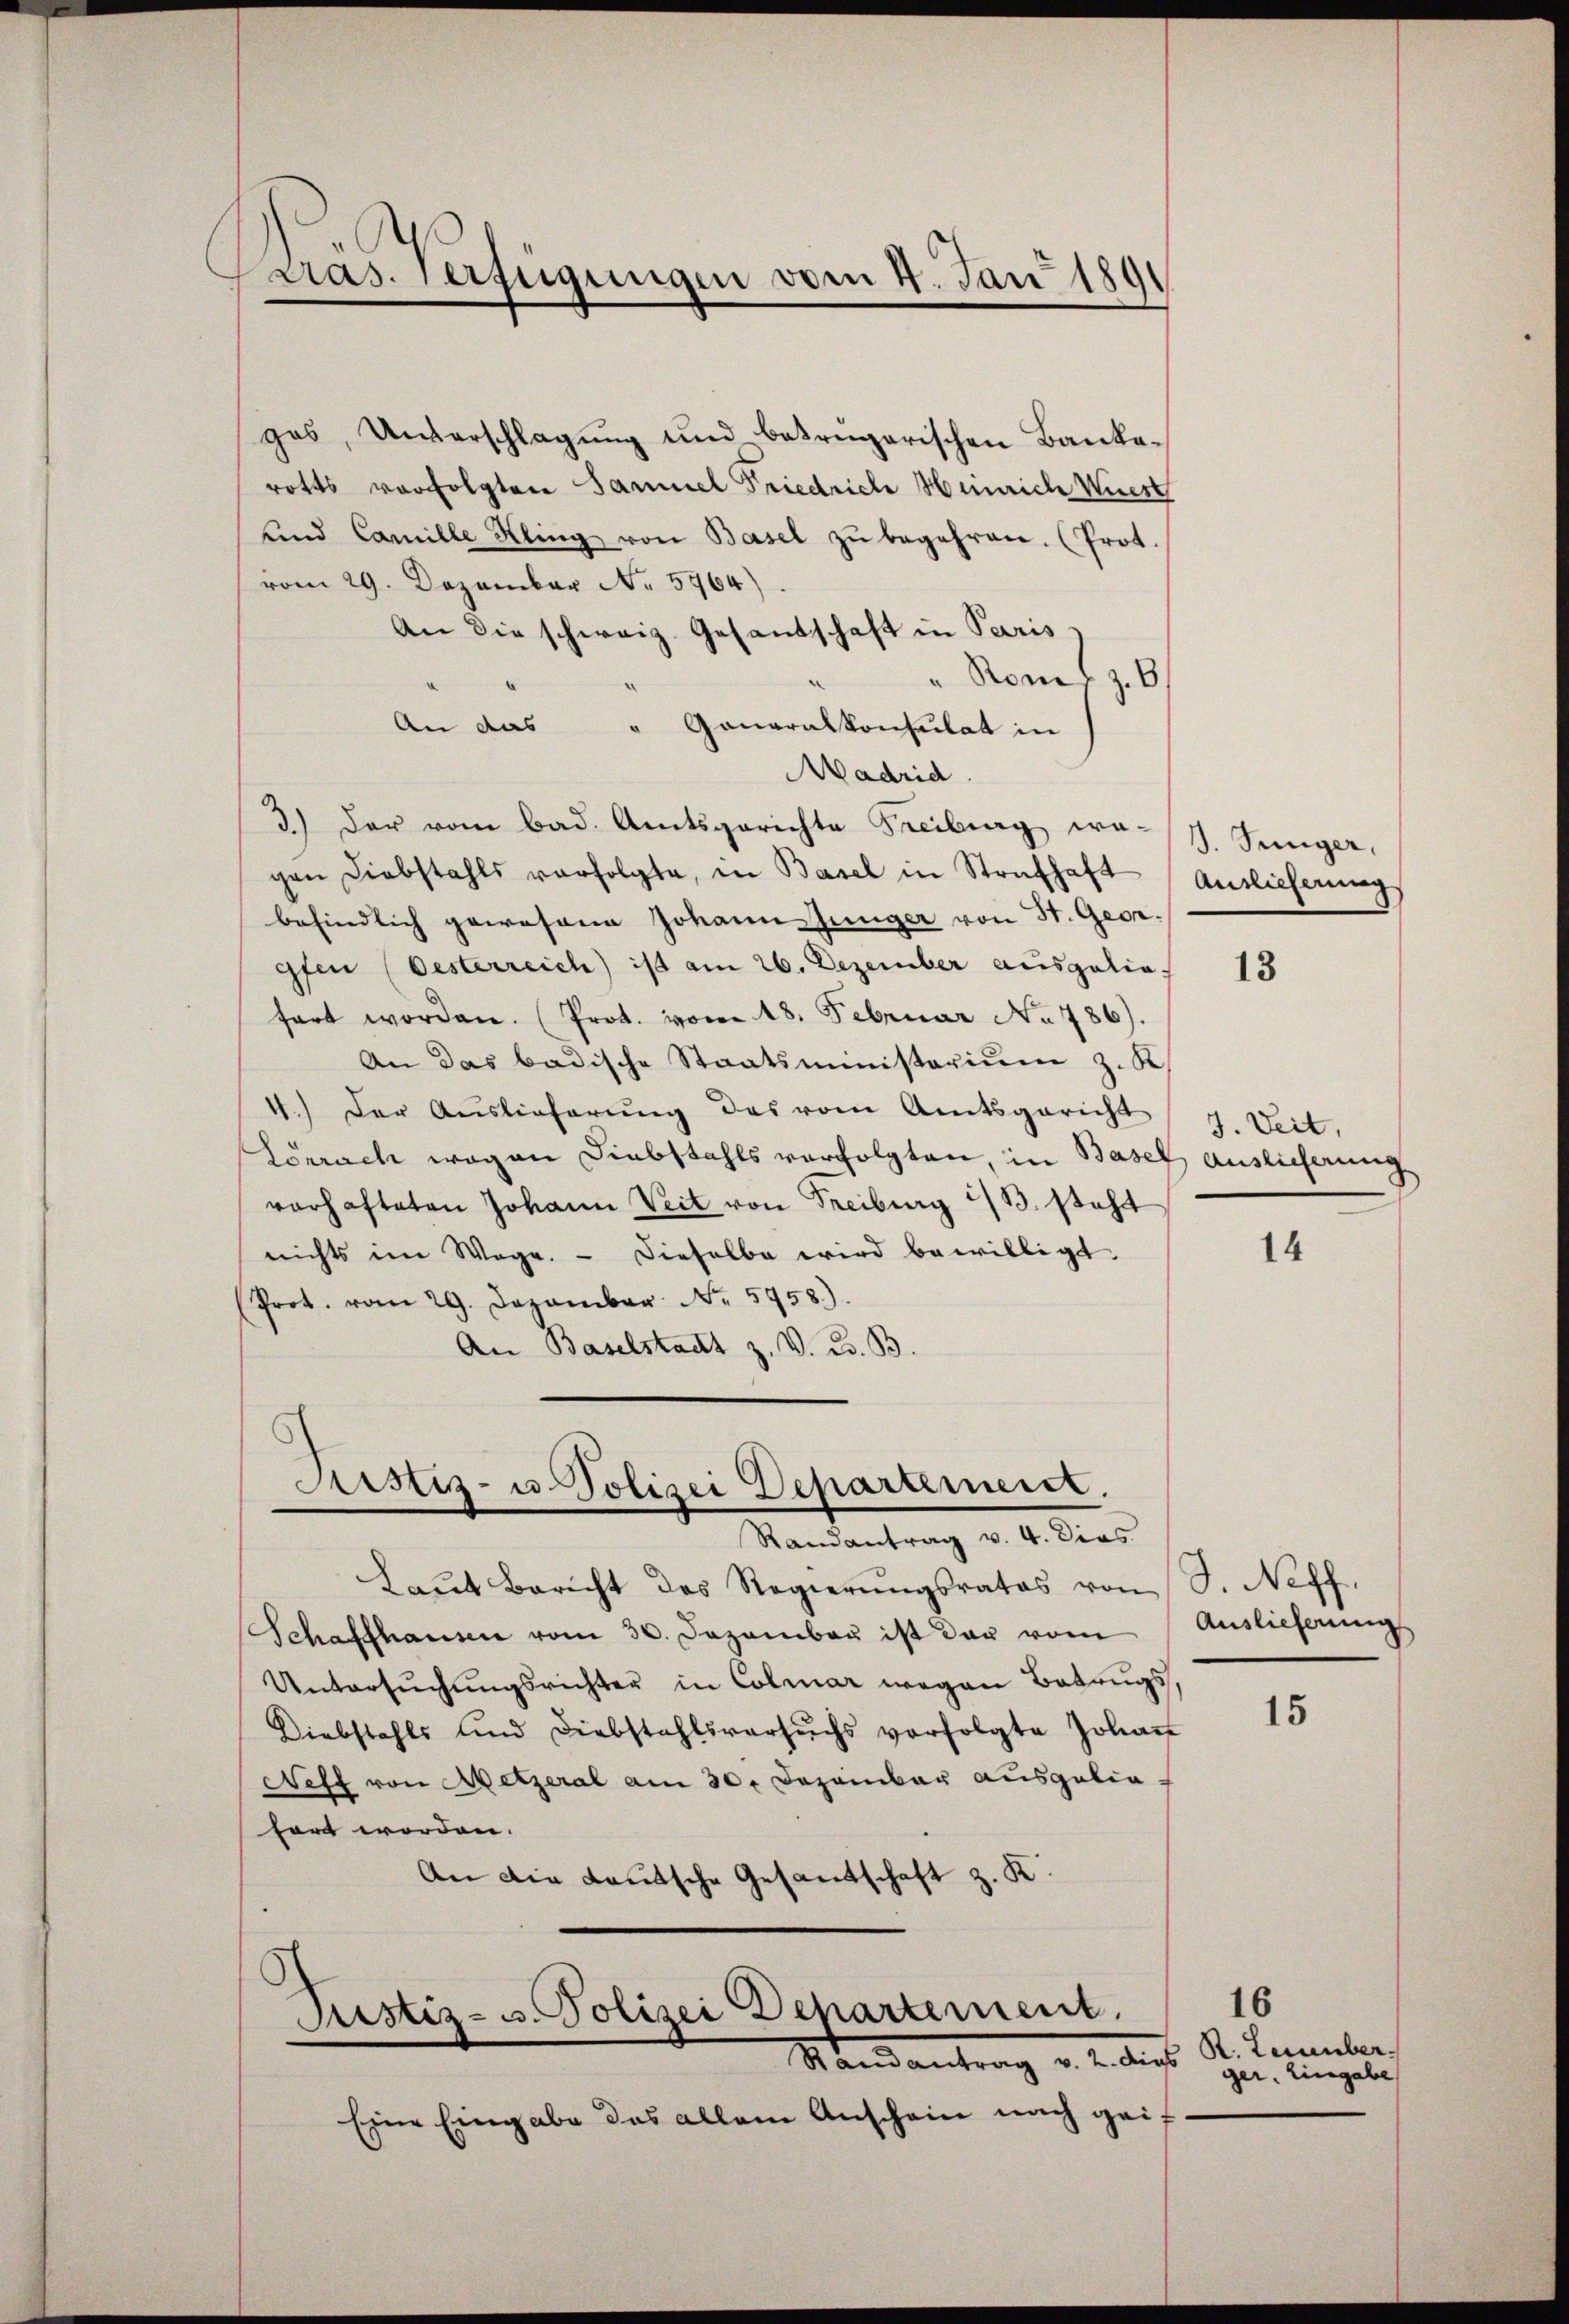
Pras. Verfügungen vom 4. Jan 1891

ges, Unterschlagung und betrügerischen Banka-
rotts vorfolgten Sammel Friedriche Heinrich Viert
und Camille Kling von Basel zŭ begehren. (Prot.
vom 29. Dezember Nr. 5764).
An die schweiz. Gesandschaft in Paris
" Rom (z. 6
An das " Generalkonsulat in
Madrid.
3.) Der vom bad. Amtsgerichte Freiburg wa-
gen Diebstahls verfolgte, in Basel in Strafhaft
befindlich gewesene Johann Jünger von St. Georgfen (Oesterreich ist am 26. Dezember ausgelia
fort worden. (Prot. vom 18. Februar No 786).
An das badische Staatsministerium z. K.
4.) Der Auslieferŭng des vom Amtsgericht J. Veit,
Lörrach wegen Diebstahls verfolgten, in Basel Auslieferung
varhafteten Johann Veit von Freiburg i/B. stahl
nichts im Wege. - Dieselbe wird bewilligt.
(Prot. vom 29. Dezember No. 5758).
An Baselstadt z. V. C. B.
Astiz- u. Polizei Departement.
Randantrag v. 4. Dies
Laŭt Bericht des Regierŭngsrates von S. Neff
Schaffhausen vom 30. Dezember ist dar vom
Untersŭchŭngsrichter in Colmar wegen Betrugs
Diebstahls und Diebstahlsversŭchs verfolgte Johaṅ
Neff von Metzeral am 30. Dezember ausgelin.
hört worden.
An die Lautsche Gesandtschaft z. K.

Pustiz- u. Polizei Departement.

Mandantrag v. M. des St. Januler,
Eine Eingabe das allem Anschein nach gei¬

3. Junger,
Auslieferung

13

14

15

Auslieferung

16
ger. Eingabe